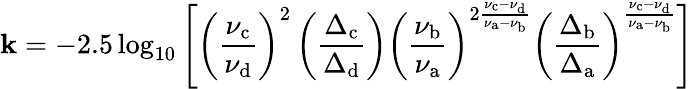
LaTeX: \mathbf{k}=-2.5\log_{10}\left[\left({\frac{{\nu_{\mathrm{{c}}}}}{{\nu_{\mathrm{{d}}}}}}\right)^{2}\left({\frac{{\Delta_{\mathrm{{c}}}}}{{\Delta_{\mathrm{{d}}}}}}\right)\left({\frac{{\nu_{\mathrm{{b}}}}}{{\nu_{\mathrm{{a}}}}}}\right)^{2{\frac{{\nu_{\mathrm{{c}}}-\nu_{\mathrm{{d}}}}}{{\nu_{\mathrm{{a}}}-\nu_{\mathrm{{b}}}}}}}\left({\frac{{\Delta_{\mathrm{{b}}}}}{{\Delta_{\mathrm{{a}}}}}}\right)^{\frac{{\nu_{\mathrm{{c}}}-\nu_{\mathrm{{d}}}}}{{\nu_{\mathrm{{a}}}-\nu_{\mathrm{{b}}}}}}\right]